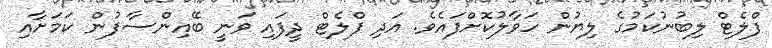
ފްލެޓް ލިބުނުކަމުގެ ލިޔުން ހަވާލުކޮށްފައެވެ. އަދި ފްލެޓް ދީފައި ވަނީ ބޭއިންސާފުން ކަމަށާއި